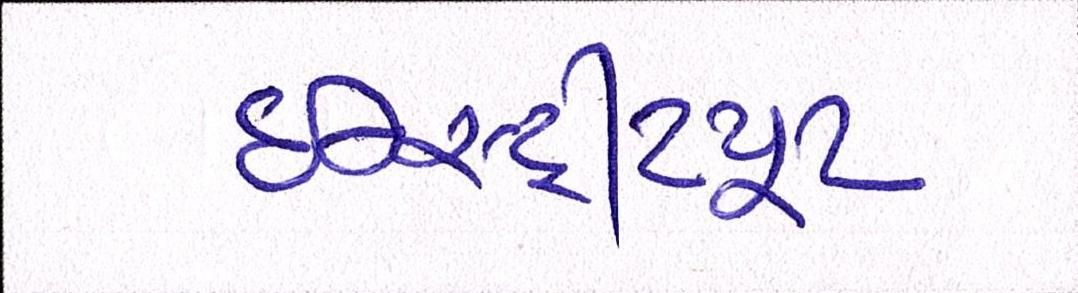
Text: ઇન્સ્ટીટયૂટ